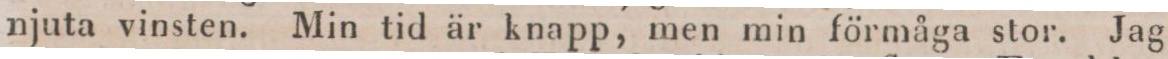
njuta vinsten. Min tid är knapp, men min förmåga stor. Jag